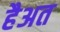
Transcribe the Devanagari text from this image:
हैअत